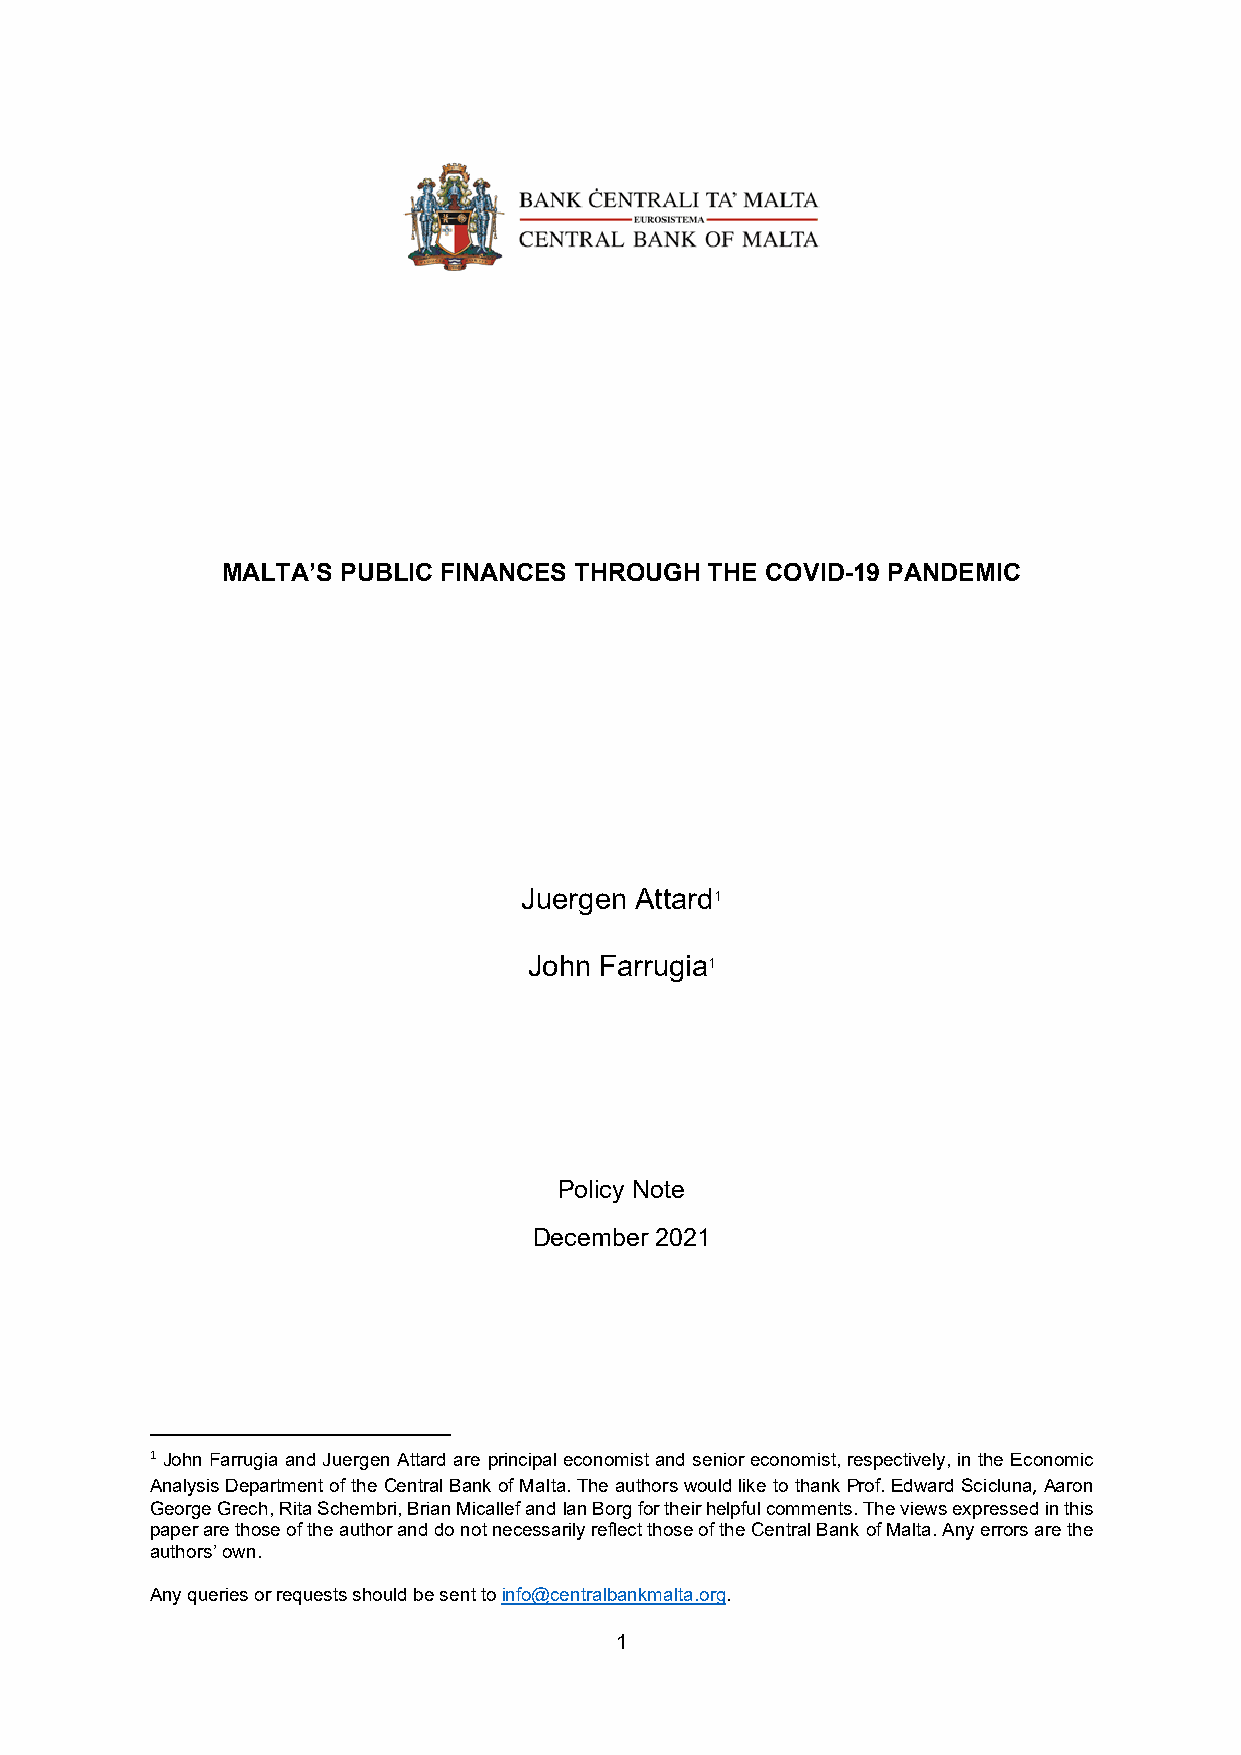
MALTA’S PUBLIC FINANCES THROUGH THE COVID-19 PANDEMIC
 Juergen Attard1
 John Farrugia1
 Policy Note
 December 2021
 1 John Farrugia and Juergen Attard are principal economist and senior economist, respectively, in the Economic
 Analysis Department of the Central Bank of Malta. The authors would like to thank Prof. Edward Scicluna, Aaron
 George Grech, Rita Schembri, Brian Micallef and Ian Borg for their helpful comments. The views expressed in this
 paper are those of the author and do not necessarily reflect those of the Central Bank of Malta. Any errors are the
 authors’ own.
 Any queries or requests should be sent to info@centralbankmalta.org.
 1